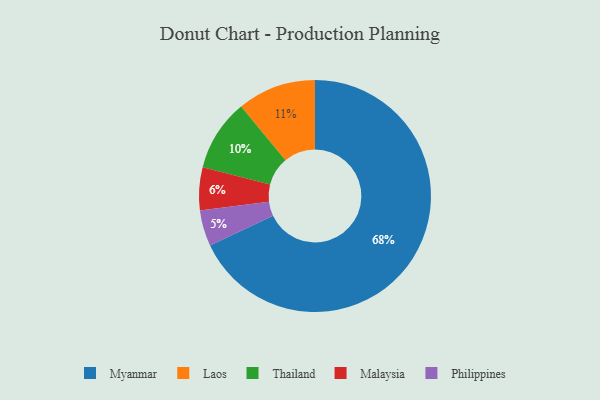
{"axis": {"x": "Category", "y": "Percentage"}, "legend": ["Laos", "Malaysia", "Myanmar", "Philippines", "Thailand"], "data": [{"x": "Philippines", "y": 5, "type": "Philippines"}, {"x": "Myanmar", "y": 68, "type": "Myanmar"}, {"x": "Thailand", "y": 10, "type": "Thailand"}, {"x": "Laos", "y": 11, "type": "Laos"}, {"x": "Malaysia", "y": 6, "type": "Malaysia"}]}